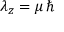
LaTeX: \lambda _ { z } = \mu \, \hbar